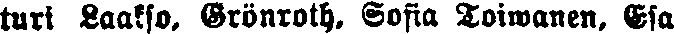
turi Laakso, Grönroth, Softa Toiwanen, Esa